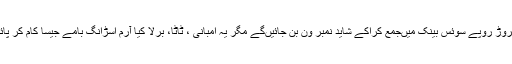
100کروڑ روپے سوئس بینک میںجمع کراکے شاید نمبر ون بن جائیںگے مگر یہ امبانی ، ٹاٹا، برلا کیا آرم اسڑانگ بامے جیسا کام کر پائے ہیں۔